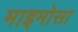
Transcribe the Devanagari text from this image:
माइमोसा